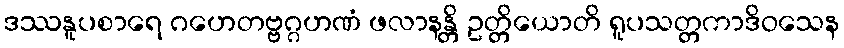
ဒဿနူပစာရေ ဂဟေတဗ္ဗဂ္ဂဟဏံ ဖလာနန္တိ ဥတ္တိယောတိ ရူပသတ္တကာဒိဝသေန